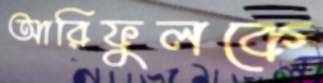
আরিফুলকে